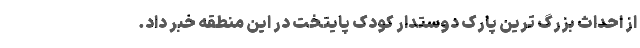
از احداث بزرگ ترین پارک دوستدار کودک پایتخت در این منطقه خبر داد.